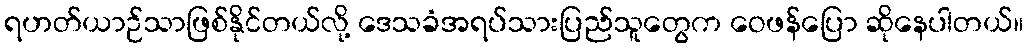
ရဟတ်ယာဉ်သာဖြစ်နိုင်တယ်လို့ ဒေသခံအရပ်သားပြည်သူတွေက ဝေဖန်ပြော ဆိုနေပါတယ်။